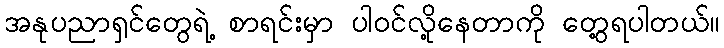
အနုပညာရှင်တွေရဲ့ စာရင်းမှာ ပါဝင်လို့နေတာကို တွေ့ရပါတယ်။